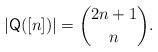
LaTeX: \begin{align*}|\mathsf{Q}([n])| = \binom{2n+1}{n}.\end{align*}